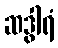
ဆဒွါရံ